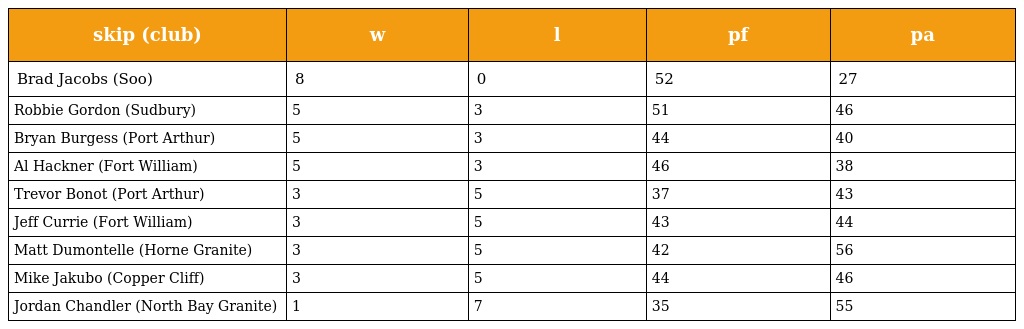
| skip (club) | w | l | pf | pa |
 | --- | --- | --- | --- | --- |
 | Brad Jacobs (Soo) | 8 | 0 | 52 | 27 |
 | Robbie Gordon (Sudbury) | 5 | 3 | 51 | 46 |
 | Bryan Burgess (Port Arthur) | 5 | 3 | 44 | 40 |
 | Al Hackner (Fort William) | 5 | 3 | 46 | 38 |
 | Trevor Bonot (Port Arthur) | 3 | 5 | 37 | 43 |
 | Jeff Currie (Fort William) | 3 | 5 | 43 | 44 |
 | Matt Dumontelle (Horne Granite) | 3 | 5 | 42 | 56 |
 | Mike Jakubo (Copper Cliff) | 3 | 5 | 44 | 46 |
 | Jordan Chandler (North Bay Granite) | 1 | 7 | 35 | 55 |